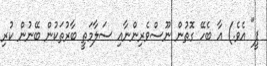
ޕީ" އެވެ.) އާ ބެހޭ ގޮތުން ނޫސްވެރިންނާއި ސަލާމަތީ ބާރުތަކުން ބޭނުން ކުރި